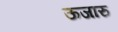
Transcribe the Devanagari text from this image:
ऊजारु